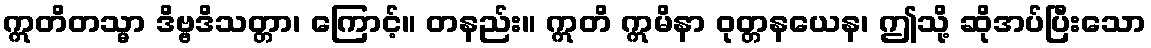
ဣတိတသ္မာ ဒိဗ္ဗဒိသတ္တာ၊ ကြောင့်။ တနည်း။ ဣတိ ဣမိနာ ဝုတ္တနယေန၊ ဤသို့ ဆိုအပ်ပြီးသော